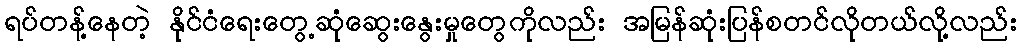
ရပ်တန့်နေတဲ့ နိုင်ငံရေးတွေ့ဆုံဆွေးနွေးမှုတွေကိုလည်း အမြန်ဆုံးပြန်စတင်လိုတယ်လို့လည်း